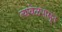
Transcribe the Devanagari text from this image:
त्यावेळपासून